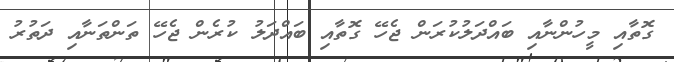
ގޮތާއި މީހުންނާއި ބައްދަލުކުރަން ޖެހޭ ގޮތާއި ބައްދަލު ކުރެން ޖެހޭ ތަންތަނާއި ދަތުރު